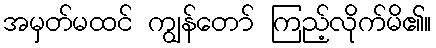
အမှတ်မထင် ကျွန်တော် ကြည့်လိုက်မိ၏။